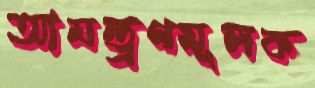
আমন্ত্রণমূলক